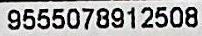
9555078912508